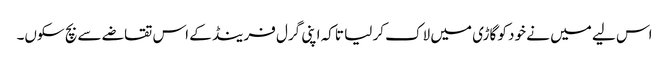
اس لیے میں نے خود کو گاڑی میں لاک کر لیا تاکہ اپنی گرل فرینڈ کے اس تقاضے سے بچ سکوں۔